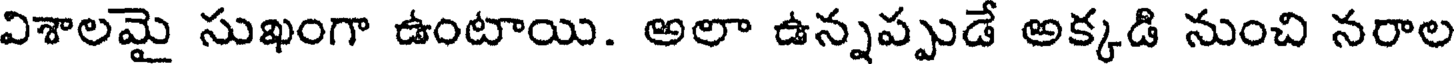
విశాలమై సుఖంగా ఉంటాయి. అలా ఉన్నప్పుడే అక్కడి నుంచి నరాల